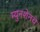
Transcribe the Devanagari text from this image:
म्युनशेनचे